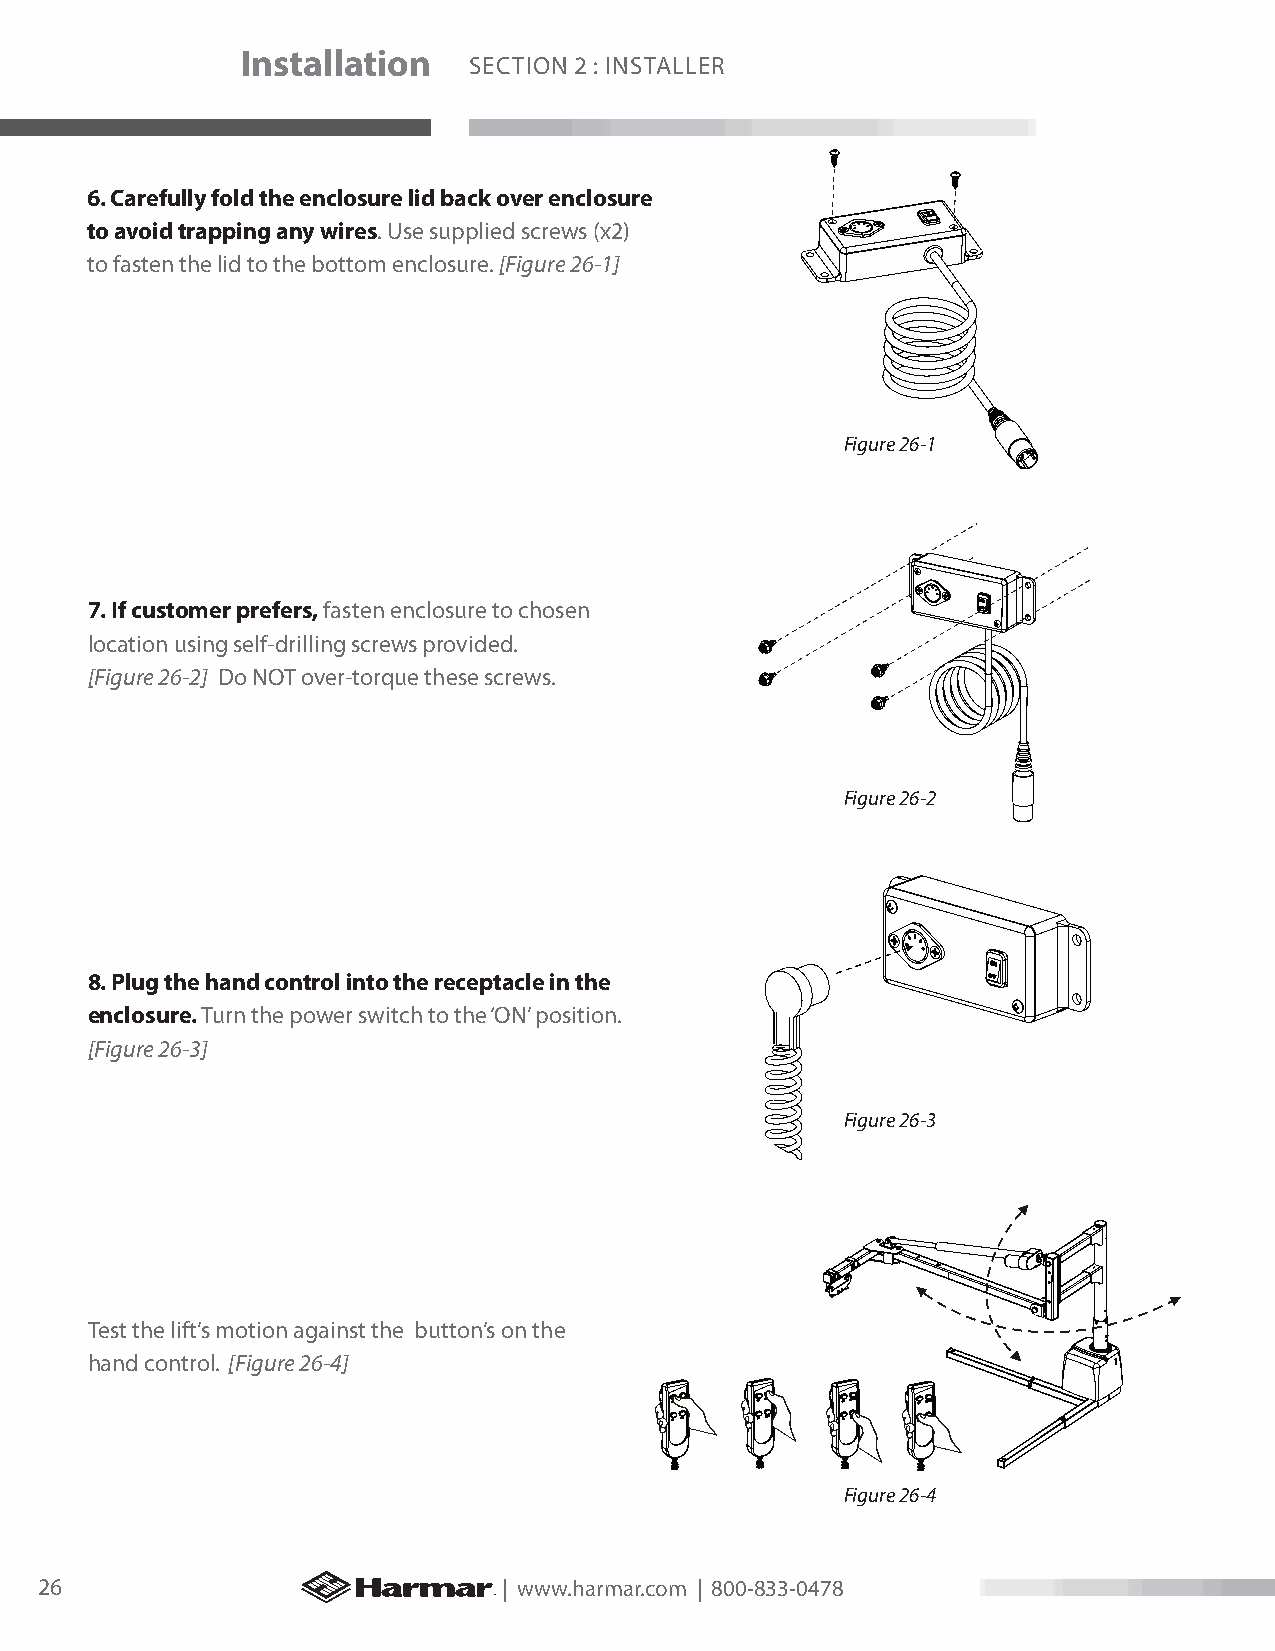
Installation
 SECTION 2 : INSTALLER
 6. Carefully fold the enclosure lid back over enclosure
 to avoid trapping any wires. Use supplied screws (x2)
 to fasten the lid to the bottom enclosure. [Figure 26-1]
 Figure 26-1
 7. If customer prefers, fasten enclosure to chosen
 location using self-drilling screws provided.
 [Figure 26-2] Do NOT over-torque these screws.
 Figure 26-2
 8. Plug the hand control into the receptacle in the
 enclosure. Turn the power switch to the ‘ON’ position.
 [Figure 26-3]
 Figure 26-3
 Test the lift’s motion against the button’s on the
 hand control. [Figure 26-4]
 Figure 26-4
 26                             | www.harmar.com | 800-833-0478